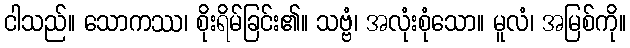
ငါသည်။ သောကဿ၊ စိုးရိမ်ခြင်း၏။ သဗ္ဗံ၊ အလုံးစုံသော။ မူလံ၊ အမြစ်ကို။